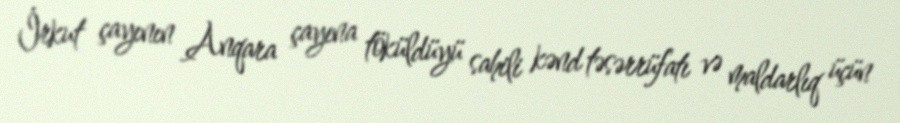
İrkut çayının Anqara çayına töküldüyü sahili kənd təsərrüfatı və maldarlıq üçün